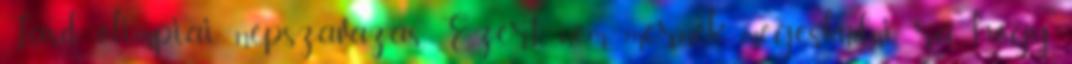
Lásd olimpiai népszavazás. Ezért nem mernék megesküdni rá, hogy